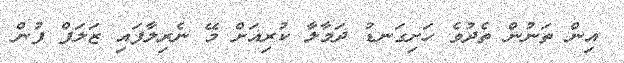
އިން ތަނުން ތެދުވެ ހަށިގަނޑު ދަމާލާ ކުރިއަށް މޭ ނެރިލާފައި ޒަލަފް ފުން